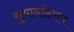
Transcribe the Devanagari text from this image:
सुथानठिराप